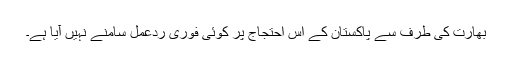
بھارت کی طرف سے پاکستان کے اس احتجاج پر کوئی فوری ردعمل سامنے نہیں آیا ہے۔